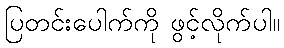
ပြတင်းပေါက်ကို ဖွင့်လိုက်ပါ။